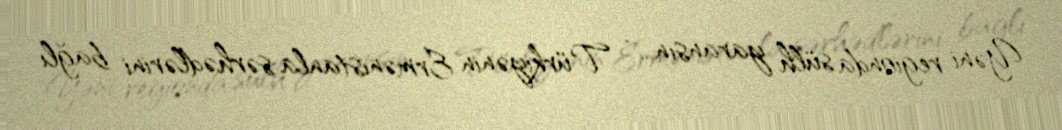
Yəni regionda sülh yaransın... - Türkiyənin Ermənistanla sərhədlərini bağlı